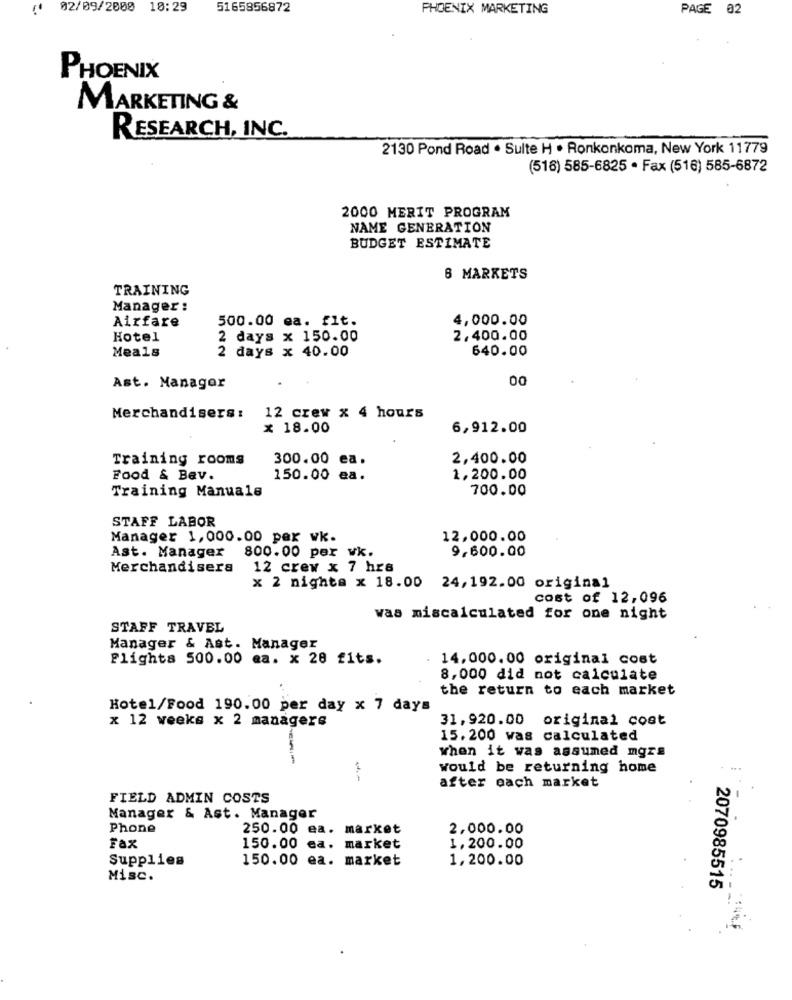
02/09/2000
10:29
5165856872
PHOENIX MARKETING
PAGE 02
PHOENIX
MARKETING &
RESEARCH, INC.
2130 Pond Road . Sulte H . Ronkonkoma, New York 11779
(516) 585-6825 · Fax (516) 585-6872
2000 MERIT PROGRAM
NAME GENERATION
BUDGET ESTIMATE
8 MARKETS
TRAINING
Manager :
Airfare
500.00 ea. fit.
4,000.00
Hotel
2 days x 150.00
2.400.00
Meals
2 days x 40.00
640.00
00
Ast. Manager
Merchandisers:
12 crew x 4 hours
x 18.00
6,912.00
Training rooms
300.00 ea.
2,400.00
Food & Bev.
150.00
ea.
1,200.00
700.00
Training Manuals
STAFF LABOR
Manager 1,000.00 per wk.
12,000.00
Ast. Manager
800.00 per wk.
9,600.00
Merchandisera
12 crew x 7 hrs
x 2 nights x 18.00 24,192.00 original
cost of 12,096
was miscalculated for one night
STAFF TRAVEL
Manager & Ast. Manager
Flights 500.00 ea. x 28 fits.
14,000.00 original cost
8,000 did not calculate
the return to each market
Hotel/Food 190.00 per day x 7 days
31,920.00 original cost
x 12 weeks x 2 managers
15.200 was calculated
when it was assumed mgrs
Would be returning home
after each market
FIELD ADMIN COSTS
Manager & Ast. Manager
Phone
250.00 ea.
market
2,000.00
Fax
150.00 ea. market
1,200.00
Supplies
150.00 ea. market
1,200.00
Misc.
2070985515